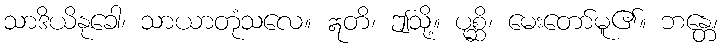
သာဒိယိနုခေါ၊ သာယာတုံသလေ။ ဣတိ၊ ဤသို့။ ပုစ္ဆိ၊ မေးတော်မူ၏။ ဘန္တေ၊